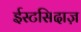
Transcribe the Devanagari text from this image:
ईस्टसिदाज़